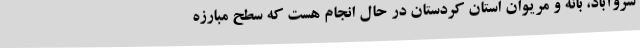
سروآباد، بانه و مریوان استان کردستان در حال انجام هست که سطح مبارزه